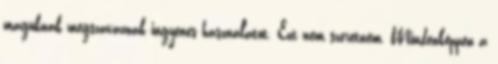
maguknak megszavaznak ingyenes használatot. Ezt nem szeretném. Mindenképpen a